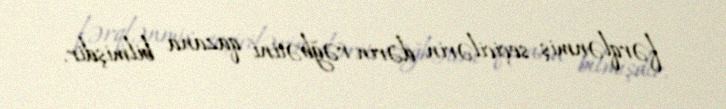
fərqlənmiş, seçicilərin dərin rəğbətini qazana bilmişdir.